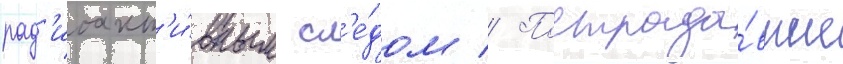
рад'иоакт'и́вным сл'е́дом // Пострада́вшие